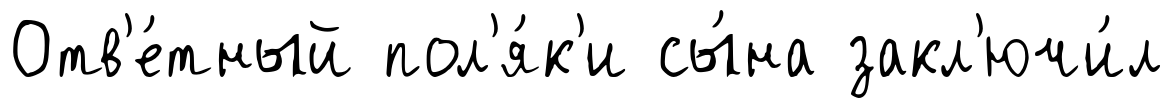
Отв'е́тный пол'я́к'и сы́на закл'ючи́л